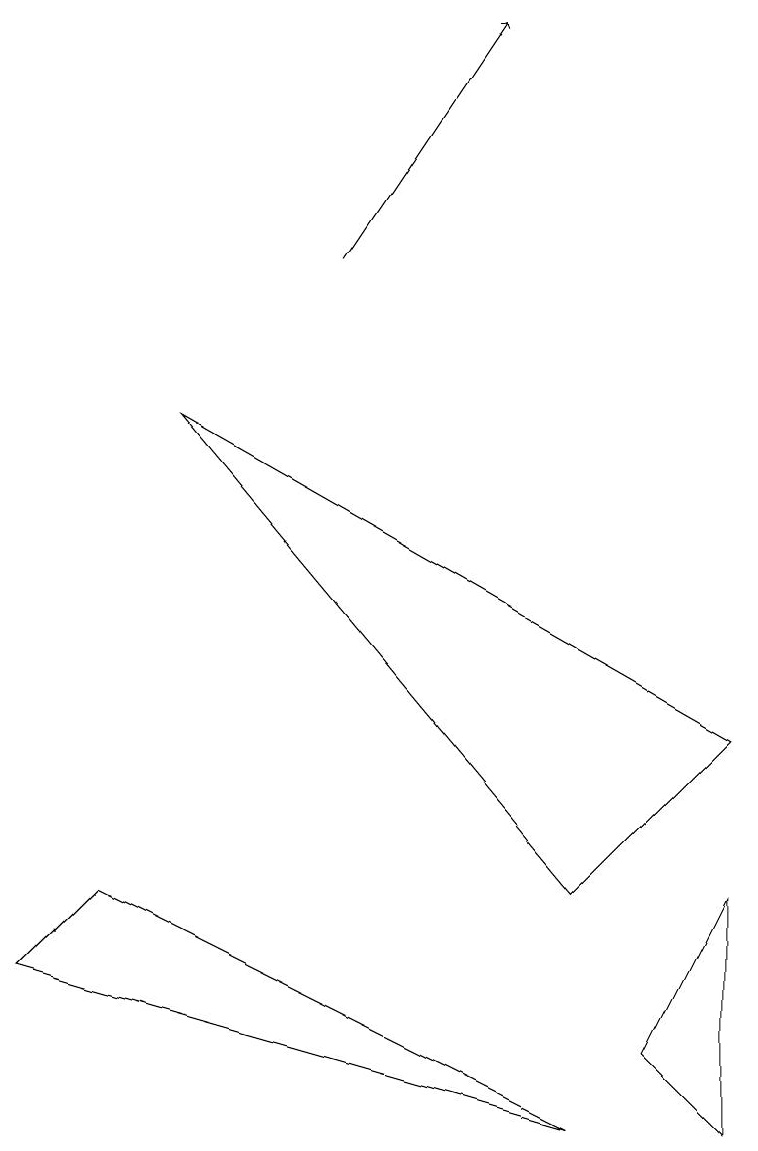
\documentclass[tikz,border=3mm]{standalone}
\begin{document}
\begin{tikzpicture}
\draw (7,0) -- (1,3) -- (0,2) -- cycle;
\draw (9,0) -- (8,1) -- (9,3) -- cycle;
\draw (7,3) -- (9,5) -- (2,9) -- cycle;
\draw[->] (4,11) -- (6,14);
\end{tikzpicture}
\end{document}